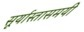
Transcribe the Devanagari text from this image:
सूर्यास्तासमयी